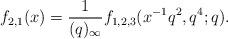
LaTeX: \begin{align*} f_{2,1}(x) = \frac1{(q)_\infty}f_{1,2,3}(x^{-1}q^2,q^4;q).\end{align*}